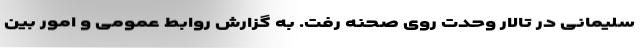
سلیمانی در تالار وحدت روی صحنه رفت. به گزارش روابط عمومی و امور بین